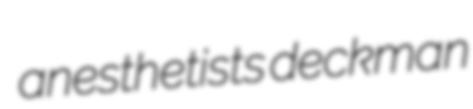
anesthetists deckman